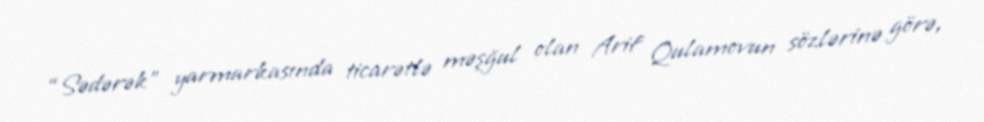
“Sədərək” yarmarkasında ticarətlə məşğul olan Arif Qulamovun sözlərinə görə,